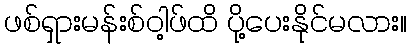
ဖစ်ရှားမန်းစ်ဝါ့ဖ်ထိ ပို့ပေးနိုင်မလား။